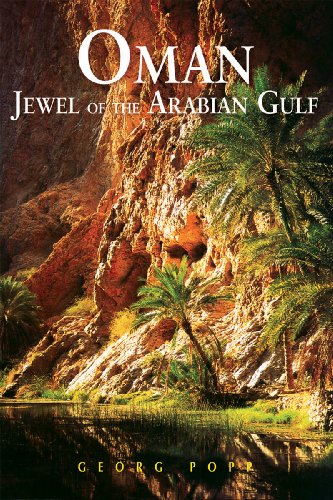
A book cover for Oman: Jewel of the Arabian Gulf (Odyssey Illustrated Guides); Georg Popp; Travel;